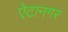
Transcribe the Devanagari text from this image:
ऐटानगर